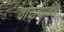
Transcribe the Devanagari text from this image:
वांद्त्‍याच्या